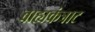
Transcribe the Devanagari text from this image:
बाह्यकंत्राट